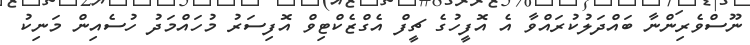
ނޫސްވެރިންނާ ބައްދަލުކުރައްވާ އެ އޮފީހުގެ ޗީފް އެގްޒެކްޓިވް އޮފިސަރު މުހައްމަދު ހުސެއިން މަނިކު